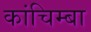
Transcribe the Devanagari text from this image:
कांचिम्बा